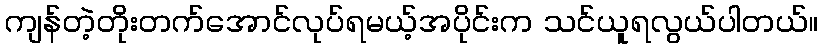
ကျန်တဲ့တိုးတက်အောင်လုပ်ရမယ့်အပိုင်းက သင်ယူရလွယ်ပါတယ်။